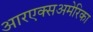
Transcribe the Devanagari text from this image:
आरएक्सअमेरिका